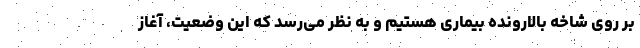
بر روی شاخه بالارونده بیماری هستیم و به نظر می‌رسد که این وضعیت، آغاز